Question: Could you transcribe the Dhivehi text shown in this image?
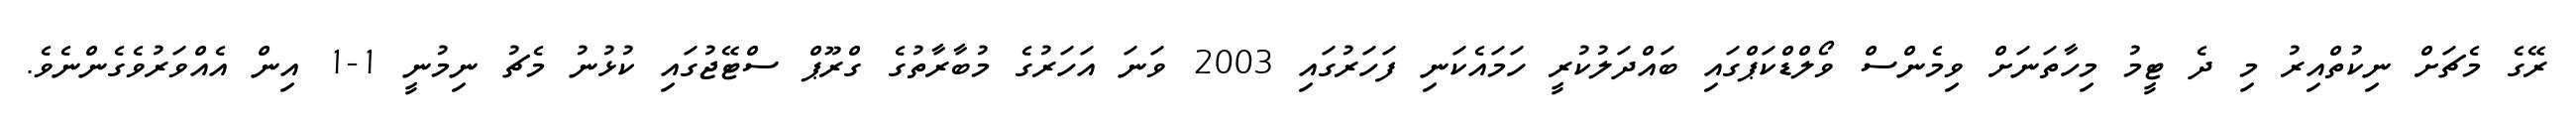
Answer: ރޭގެ މެޗަށް ނިކުތްއިރު މި ދެ ޓީމު މިހާތަނަށް ވިމެންސް ވޯލްޑްކަޕްގައި ބައްދަލުކުރީ ހަމައެކަނި ފަހަރުގައި 2003 ވަނަ އަހަރުގެ މުބާރާތުގެ ގްރޫޕް ސްޓޭޖުގައި ކުޅުނު މެޗު ނިމުނީ 1-1 އިން އެއްވަރުވެގެންނެވެ.